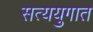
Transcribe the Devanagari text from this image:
सत्ययुगात